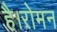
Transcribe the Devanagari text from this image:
है।रोमन